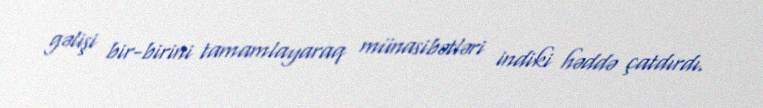
gəlişi bir-birini tamamlayaraq münasibətləri indiki həddə çatdırdı.